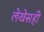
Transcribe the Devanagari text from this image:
लेखेसही